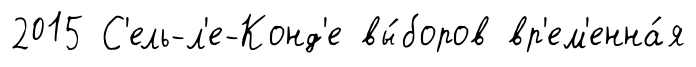
2015 С'ель-л'е-Конд'е вы́боров вр'ем'енна́я